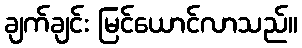
ချက်ချင်း မြင်ယောင်လာသည်။